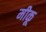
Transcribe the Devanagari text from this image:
मीकू